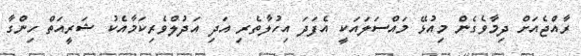
ރާއްޖެއަށް ދިމާވެގެން މިއުޅޭ މައްސަލައަކީ އެފަދަ އިހުލާތެރި އަދި އަދުލްވެރިކަމާއެކު ޝަރީއަތް ހިންގާ